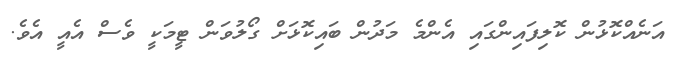
އަނެއްކޮޅުން ކޮލިފައިންގައި އެންމެ މަދުން ބައިކޮޅަށް ގޯލުވަން ޓީމަކީ ވެސް އެއީ އެވެ.